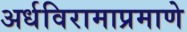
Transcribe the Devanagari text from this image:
अर्धविरामाप्रमाणे